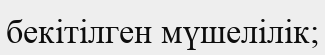
бекітілген мүшелілік;